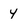
Character: 4